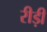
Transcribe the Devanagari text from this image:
रीड़ी